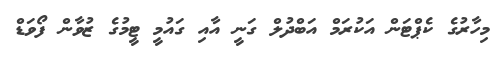
މިހާރުގެ ކެޕްޓަން އަކުރަމް އަބްދުލް ގަނީ އާއި ގައުމީ ޓީމުގެ ޒުވާން ފޯވަޑް